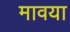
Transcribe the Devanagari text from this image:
मावया